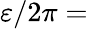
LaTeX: \varepsilon/2\pi=